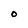
Character: O